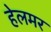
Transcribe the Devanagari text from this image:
हेलमर